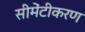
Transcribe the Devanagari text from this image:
सीमेंटीकरण